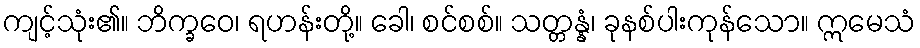
ကျင့်သုံး၏။ ဘိက္ခဝေ၊ ရဟန်းတို့။ ခေါ၊ စင်စစ်။ သတ္တန္နံ၊ ခုနစ်ပါးကုန်သော။ ဣမေသံ